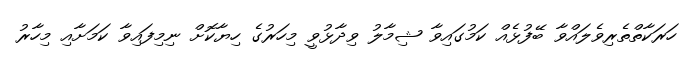
ހަރަކާތްތެރިވެލައްވާ ބޭފުޅެއް ކަމުގައިވާ ޝިމާލު ވިދާޅުވީ މިހަރުގެ ހިޔާކޮށް ނިމިފައިވާ ކަމަށާއި މިހާރު